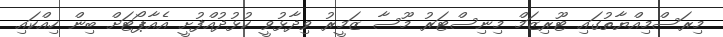
މިރަސްމިއްޔާތުގައި ޓޫރިޒަމް މިނިސްޓަރު މޫސާ ޒަމީރު ވިދާޅުވީ ކުޅުދުއްފުށީ އެއާޕޯޓަށް ބިން ހިއްކައި